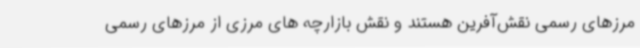
مرزهای رسمی نقش‌آفرین هستند و نقش بازارچه های مرزی از مرزهای رسمی